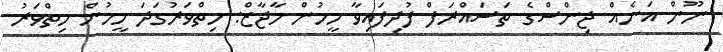
ނޫން އަނެއް ޖިންސްގެ ތަސައްރަފް ފުދިފައިވާ މީހުން މާޖާޒް: ހިތްވަރުގަދަ މީހުން ހިތްވަރު